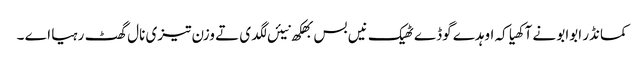
کمانڈر ابوابو نے آکھیا کہ اوہدے گوڈے ٹھیک نیں بس بھکھ نیئں لگدی تے وزن تیزی نال گھٹ رہیا اے ۔